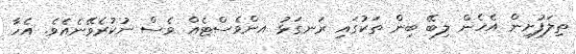
ތިލަފުށިން އެހެން ލިބޭ ބިން ތަކުގައި ރަނގަޅު އންވެސްޓެއް ވެސް ނުކުރެވޭނެއެވެ. އެހާ